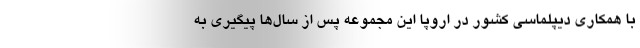
با همکاری دیپلماسی کشور در اروپا این مجموعه پس از سال‌ها پیگیری به